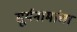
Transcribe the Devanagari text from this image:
सूर्यनामांचा